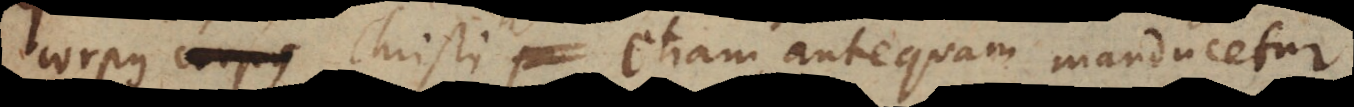
corpus Christi etiam antequam manducetur.